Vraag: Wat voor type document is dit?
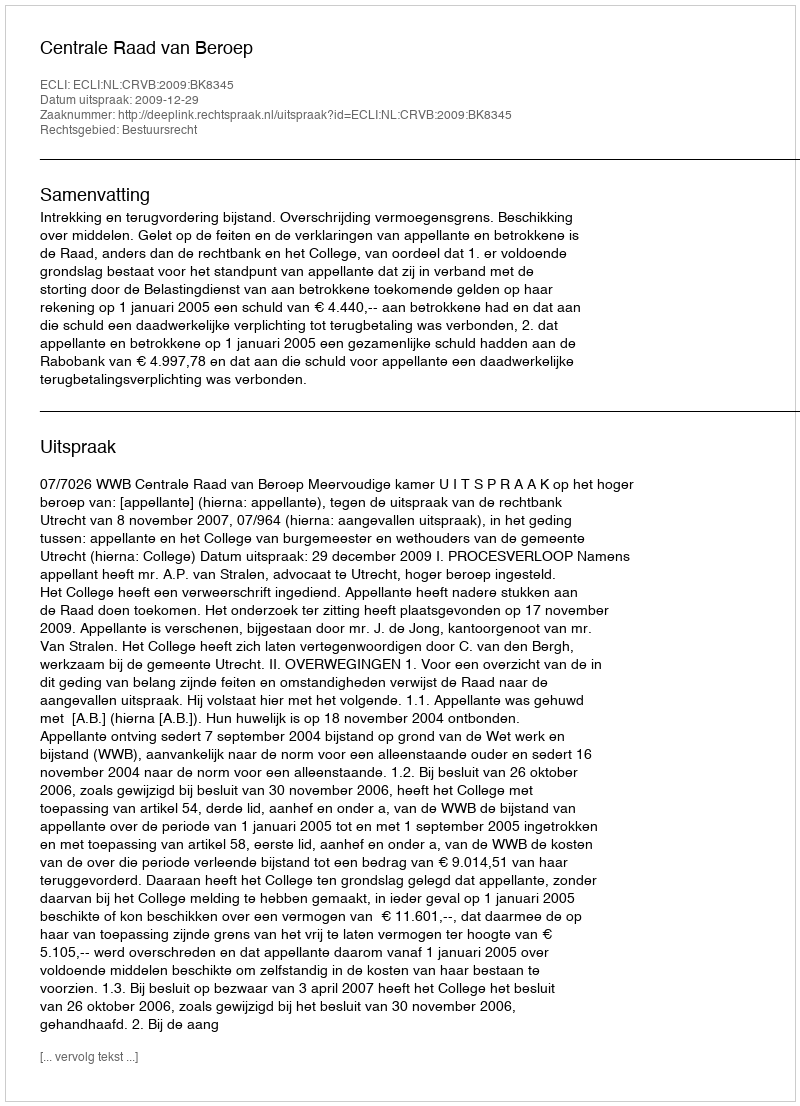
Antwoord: Uitspraak